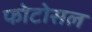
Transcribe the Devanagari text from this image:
फोटोसल